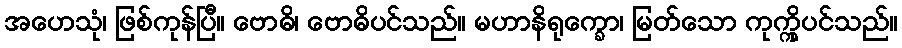
အဟေသုံ၊ ဖြစ်ကုန်ပြီ။ ဗောဓိ၊ ဗောဓိပင်သည်။ မဟာနိရုက္ခော၊ မြတ်သော ကုက္ကိုပင်သည်။